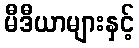
မီဒီယာများနှင့်